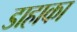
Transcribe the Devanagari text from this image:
डाहाका